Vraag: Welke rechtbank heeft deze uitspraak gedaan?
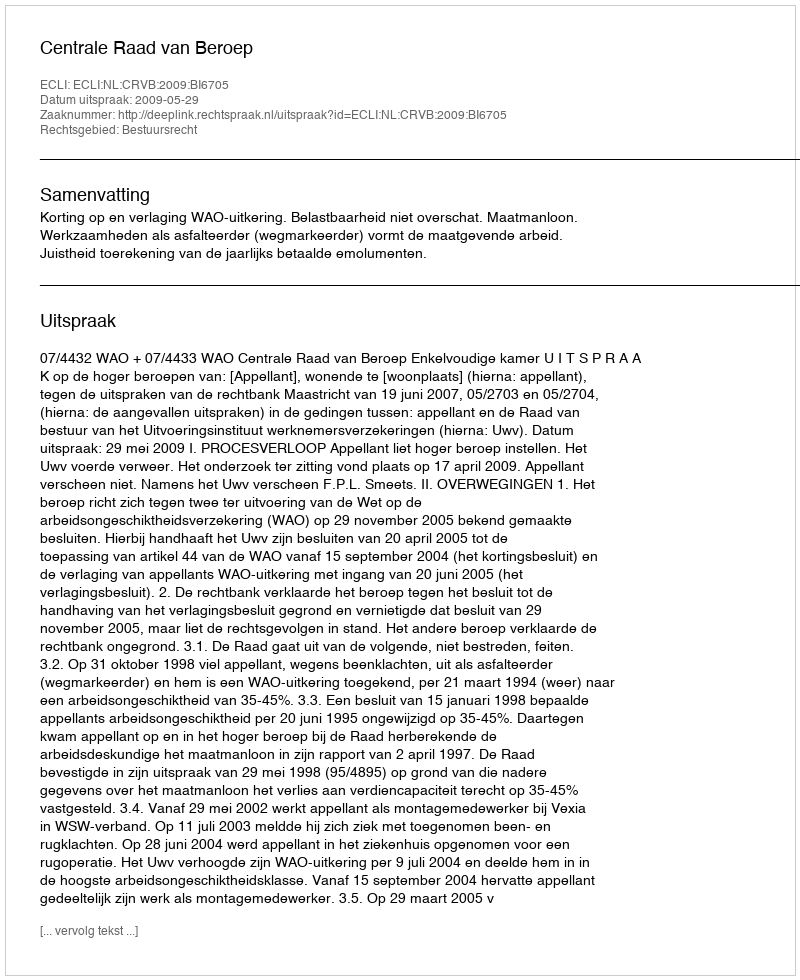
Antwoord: Centrale Raad van Beroep